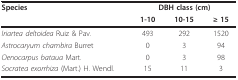
<table><thead><tr><td><b>Species</b></td><td colspan="3"><b>DBH class (cm)</b></td></tr><tr><td></td><td><b>1-10</b></td><td><b>10-15</b></td><td><b>≥ 15</b></td></tr></thead><tbody><tr><td><i>Iriartea deltoidea </i>Ruiz &amp; Pav.</td><td>493</td><td>292</td><td>1520</td></tr><tr><td><i>Astrocaryum chambira </i>Burret</td><td>0</td><td>3</td><td>94</td></tr><tr><td><i>Oenocarpus bataua </i>Mart.</td><td>0</td><td>3</td><td>98</td></tr><tr><td><i>Socratea exorrhiza </i>(Mart.) H. Wendl.</td><td>15</td><td>11</td><td>3</td></tr></tbody></table>